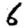
Digit: 6